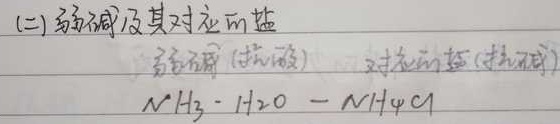
(二) 弱碱及其对应的盐
弱碱（抗酸）  对应的盐（抗碱）
\[ \text{NH}_3\cdot\text{H}_2\text{O}-\text{NH}_4\text{Cl} \]